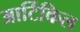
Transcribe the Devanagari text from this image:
आर्टिकिल